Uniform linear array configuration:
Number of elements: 32
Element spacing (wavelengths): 0.5
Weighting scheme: cosine
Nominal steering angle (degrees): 0
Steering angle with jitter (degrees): -0.7667
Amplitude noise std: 0.05
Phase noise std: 0.05

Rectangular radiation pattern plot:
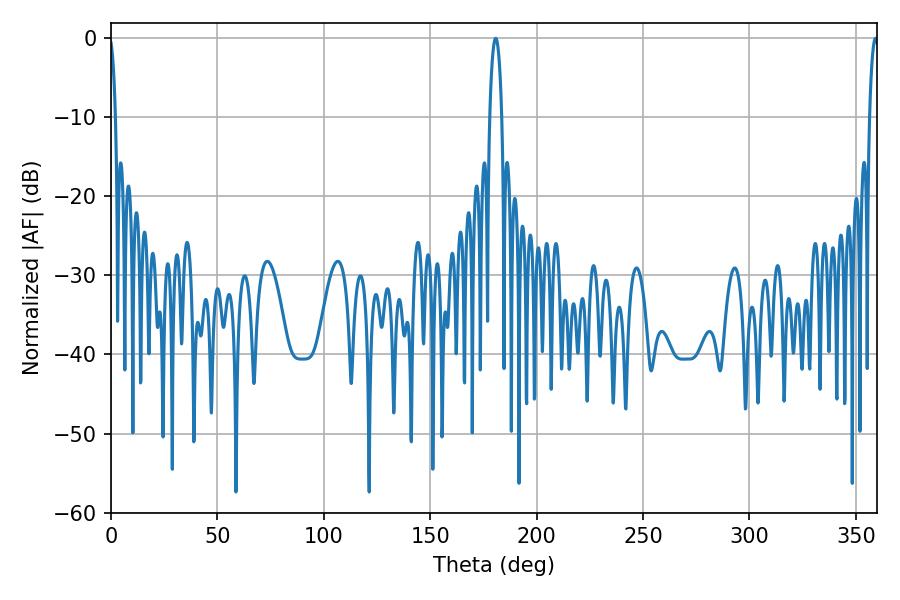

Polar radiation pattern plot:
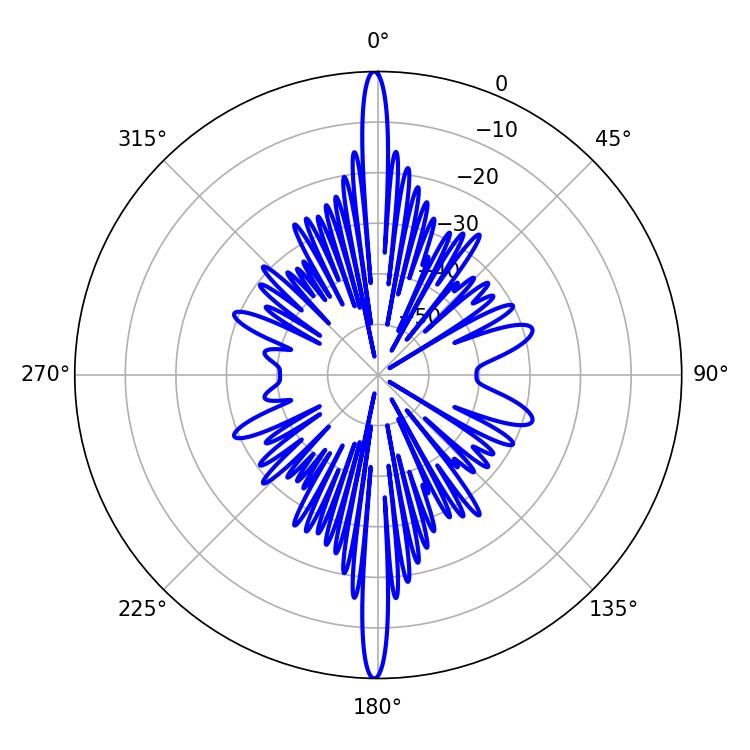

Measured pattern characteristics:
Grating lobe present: FALSE
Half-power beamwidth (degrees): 3.24
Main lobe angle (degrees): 180.72